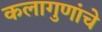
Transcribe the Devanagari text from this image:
कलागुणांचे